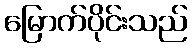
မြောက်ပိုင်းသည်